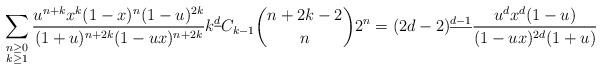
LaTeX: \begin{align*} \sum_{\substack{n\geq 0 \\ k\geq 1}} \frac{u^{n+k} x^{k} (1-x)^{n} (1-u)^{2k}}{(1+u)^{n+2k} (1-ux)^{n+2k}} k^{\underline{d}} C_{k-1} \binom{n+2k-2}{n} 2^{n} = (2d-2)^{\underline{d-1}} \frac{u^{d} x^{d} (1-u)}{(1-ux)^{2d} (1+u)}\end{align*}